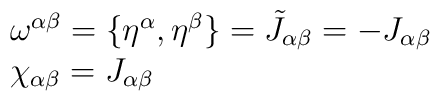
\begin{array}{l} \omega^{\alpha\beta}=\{\eta^\alpha,\eta^\beta\}=\tilde{J}_{\alpha\beta}=-J_{\alpha\beta}\\ \chi_{\alpha\beta}=J_{\alpha\beta} \end{array}